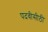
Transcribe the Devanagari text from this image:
पदवीसीठी